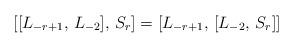
LaTeX: \begin{align*} [[L_{-r+1}, \, L_{-2}], \, S_r] = [L_{-r+1}, \, [L_{-2}, \, S_r]]\end{align*}